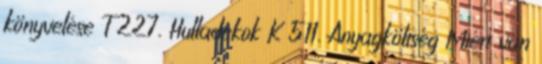
könyvelése T 227. Hulladékok K 511. Anyagköltség Miért van